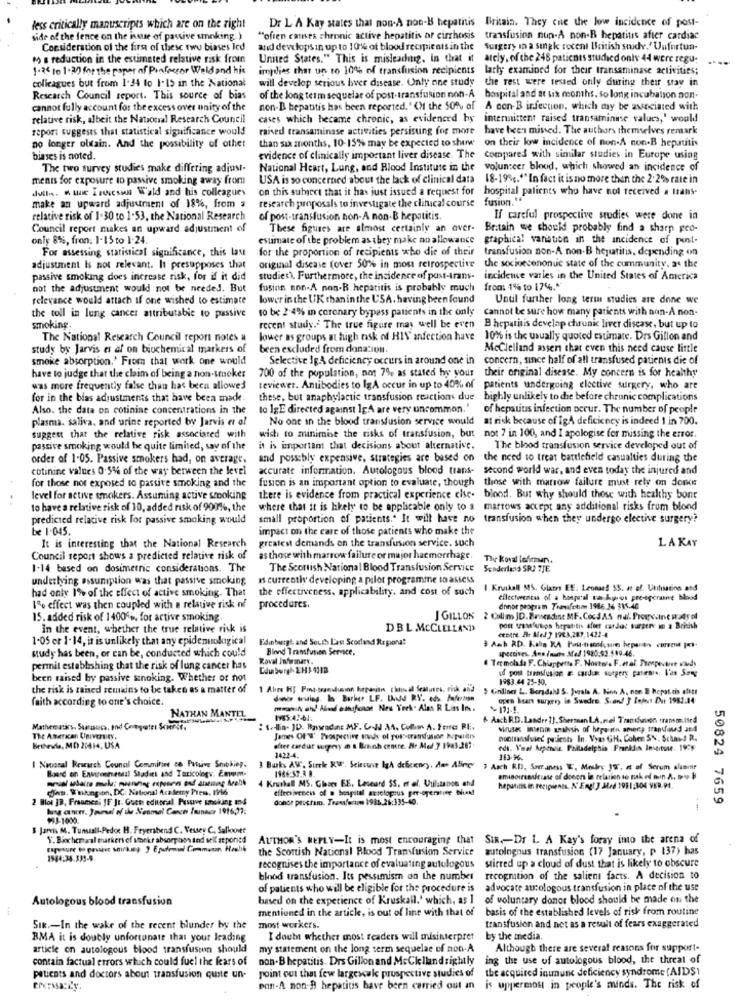
Dr L A Kay states that non-A pon-B hepatitis Britain. They che the low incidence of post-
less critically manuscripts which are on the right
side of the fence on the issue of passive smoking.)
"often causes chronic active hepatitis or cirrhosis
transfusion nun-A non-B hepatitis after cardiac
Consideration of the first of these two biases led
and develops in up to 10% of blood recipients in the
Surgery in a single recent British study.' Unfortun-
to a reduction in the estimated relative risk from
United States." This is misleading, In that it atcly, of the 248 patients studied only 44 were regu;
1-25 to 1-30 for the paper of Prafectar Weld and his
implies that up to 10% of transfusion recipients larly examined for their transaminase activities;
will develop serious hver disease. Only one study
the rest were tested only during their stay in
colicagues but from 1.34 to 1-15 in the National
Research Council report. This source of bias
of the long term sequelae of post-transfusion non-A hospital and at tix months, so long incubation non-
cannot fully account for the excess over unity of the
non-B hepatitis has been reported." () the 50% of A con-B infection, which may be associated with
relative risk, albeit the National Research Council
cases which became chronic, as evidenerd by intermittent raised transaminase values,' would
report suggests that statistical significance would
raised transaminase activities persisting for more have been missed. The authors themselves remark
than six months, 10-15% may be expected to show on their low incidence of non-A non-B hepatitis
no longer obtain. And the possibility of other
biases is noted.
evidence of clinically important liver disease. The compared with similar studies in Europe using
The two survey studies make differing adjust-
National Heart, Lung, and Blood Institute in the volunteer blood, which showed an incidence of
ments for exposure to passive smoking away from
USA is so concerned about the lack of clinical data 18-19 ;. "" In fact it is no more then the 2.2% rate in
duits. W. wac Isoscsous Wald and his colleagues
on this subject that it has just issued a request for hospital patients who have not received a Isans-
research proposals to investigate the clinical course fusion.""
make an upward adjustment of 18%, from a
relative risk of 1.30 to 1-53, the National Research
of post-transfusion non-A non-B hepatitis.
If careful prospective studies were done in
Council report makes an upward adjustment of
These figures are almost certainly an over-
Britain we should probably find a sharp geo-
only 81%, fron. 1-15 to 1.24.
estimate of the problem as they make no allowance
graphical variation in the incidence of post-
For assessing statistical significance, this Last
for the proportion of recipients who die of their
transfusion non-A non-B hepatitis, depending on
adjustment Is not relevant. It presupposes that
original disease (over 50% in most retrospective
the socioecononue state of the cummunity. as the
passive smoking does increase risk, for if it did
studies). Furthermore, the incidence of post-trans-
incidence varles in the United States of America
not the adjustment would not be needed. But
fusion non-A non-B hepatitis is probably much
from: 1% to 176.""
relevance would attach if one wished to estimate
lower in the UK thanin the USA. having been found
Until further long term studies are done we
to be 2-4% in coronary bypass patients in the only
Cannot be sure how many patients with non-A non-
the toll in lung cancer attributable to passive
smoking.
recent study." The true figure may well be even B hepatitis develap chronic liver disease, but up to
The National Research Council report notes a
lower as groups at high risk of HIV infection have
10% is the usually quoted estimate. Drs Gillon and
study by Jarvis et af on biochemical markers of
been excluded from donation.
McClelland assen that even this need cause little
smoke absorption.' From that work one would
Selective IgA deficiency occurs in around one in concern, since half of all transfused patients die of
700 of the population, not 7% as stated hy your
their original disease. My concern is for healthy
have to judge that the claim of being a non-smokes
was more frequently false than has been allowed
teviewer. Antibodies to IgA occur in up to 40% of patients undergoing elective surgery, who are
for in the bias adjustments that have been made
these, but anaphylactic transfusion reactions due highly unlikely to die before chronic complications
Also. the data on cotinine concentrations in the
to 1gE directed against IgA are very uncommon.'
of hepatitis infection occur. The number of people
plasma. saliva, and urine reported by Jarvis et al
No one in the blood transfusion service would at risk because of IgA deficiency is indeed 1 in 700.
suggest that the relative risk associated with
wish to minimise the risks of transfusion, but not ? in 100, and I apologise for missing the error.
passive smoking would be quite limited, say of the
it is important that decisions about alternative.
The blood transfusion service developed out of
order of 1-05. Passive smokers had, on average,
and possibly expensive, strategies are based on the need to treat battlefield casualties during the
cotinine values 0.5% of the way between the level
accurate information. Autologous blood trans- second world war, and even today the injured and
for those not exposed to passive smoking and the
fusion is an important option to evaluate, though those with marrow failure must rely on doncs
level for active smokers. Assuming active smoking
there is evidence from practical experience cise. blood. But why should those with healthy bont
to have a relative risk of 10, added risk of 900%, the
where that it is likely to be applicable only to a marrows accept any additional risks frum blond
predicted relative risk for passive smoking would
small proportion of patients .. It will have no transfusion when they undergo elective surgery?
be 1-045.
impact on the care of those patients who make the
It is interesting that the National Research
greatest demands on the transfusion service. such
L. A KAY
Council report shows a predicted relative risk of
as those with marrow failure or major haemorrhage.
The koval bohemun.
1-14 based on dosimetric considerations. The
The Scottish National Blood Transfusion Service Sunderland SR3 7JE
underlying assumption was that passive smoking
is currently developing a pilot programme to assess
had only 1% of the effect of active smoking. That
the effectiveness, applicability, and cost of such
I Kruikall MS. Glatrs EE. Leonard 15. ar of. Utilisation and
eflectwennis of a bospal takpros pre-agerarve blood
1% effect was then coupled with a relative risk of
procedures.
dhnoe program Translation 1986.36 335-40
15. added risk of 1400 %, for active smoking.
J GILLON 2 Callm JD. Banesdine MF. Cocd A.S nul. Prospesine ws4rol
In the event, whether the true relative risk is
DBL MCCLELLAND
centre. Ar Med ? 1963,287,1422-4
post usa ups hepatitr afiet cardet burgere in a British
1-05 or 1.14, it is unlikely that any epidenuological
Edinburgh and South L'an Scotland Strona!
study has been, or can be, conducted which could
Blond Transfusion Service,
3Ash RD. Kahs RA Pau-tantissime heparin current Iot-
spectives. Ane /nunte Afel 1980,53.590.46.
Roval Infranary.
Ter molada F. Chiappetta F. Nostols F.etal. Prospectner vuds
permil establishing that the risk of lung cancer has
od post transfusion E. cardue surgery parmare, l'an Song
been raised by passive sinoking. Whether or not
1983.44 25-30.
the risk is raised semains to be taken as a matter of
1 Ales Hf Pint.transdusinn hurpanites chio al features, Fisk and > (inlines L. Borsdall S. Jurala A. Bon A, non E Hepatitis afett
faith according to one's choice.
open heart surgery in Sweden. S.and ] Inject Dus 1982.04
mwm/ ah! Alud ethafcase New York. Ales R Lins In.
NATHAN MANTEL
& AschR.D.Lander 1]. Sherman LA, miel Transfusion transmitted
Mathematics, Suarancs, and Compgestes Sciofst.
: lia- JD. Baseadas MF. C.N 34. Culhim A. Fonres RE.
viruses inteom analysis of Myw itn amery trandfund and
The American University,
James OF'W' Prospective wouds of porseremfusion hopulitis
noctunafvier patient In. Vyas GH. Cohen SN. Schans R.
Bribesle, MD 21414, USA
ofter cardur surgery in a Bunnh cemre. Nr Med 7 19a3.267.
eds. Vmal Kepensia. Failadelphia Franklin Institute. 1998
1422-4.
313.%.
I Naoonal Research Council Commiried ca Pasive Smokiep.
Board on Environmental Stadiet and Toxicology. Emwm-
3 Burks AV. Sirrk RW'. Seleswir Igh deficiency , des Abing' , Asch RD, Soeraness E, Medley Jf", e of Serum alamine
1966:57.3 B.
4 Krushall MS. Ghies EE. Leceand SS, er el. Utilizanos and
dies. W'hikingion, DC: National Academy Press, 19b6
effectiveness of o beapital acsolopous per-operative theid
hepatitis in recipients, N' Eng! ] Med 1911:304 VER.94.
2 Blot JD, Fraameri JF Jt. Goet editorial. Pesuve smoking and
donce prustam. Tress/entom 1981.26:335-40.
50824 7659
hg ant. Journal of de N'enmal Canch Imunaar 1916237:
$93-1000.
Jarvis M. Tunuall-Pedoc H. Feyerabend C. Vessey C. Salloonee
Y. Biochemaal trarkers of sonkr absorpaos and will at poritd
AUTHOR'S REPLY-It is most encouraging that
SIR ,- Dr L A Kay's foray into the arena of
the Scottish National Blood Transfusion Service
autolngous transfusion (17 January, p 137) has
1944-34.333-9.
stirred up a cloud of dust that is likely to obscure
recognises the importance of evaluating autologous
blood transfusion. Its pessimism on the number
recognition of the salient facts. A decision to
of patients who will be eligible for the procedure is
advocate aurologous transfusion in place of the use
Autologous blood transfusion
based on the experience of Kruskall.' which, as I of voluntary donor blood should be made on the
mentioned in the article, is out of line with that of
basis of the established levels of risk from routine
Sik .- In the wake of the recent blunder by the
most workers.
transfusion and net as a result of fears exaggerated
BMA it is doubly unfortunate that your leading
I doubt whether most readers will misinterpret
by the media.
article on autologous blood transfusion should
my statement on the long term sequelae of non-A
Although there are several reasons for support-
contain factual errors which could fuel the fars of
non-B hepatitis. Drs Gillon and McClellandrightly
ing the use of autologous blood, the threat of
point out that few largescale prospective studies of
the acquired inumune deficiency syndrome (AIDS)
patients and doctors about transfusion quite un-
pont-A non-B hepatitis have been carried out an is uppermost in people's minds. The risk of